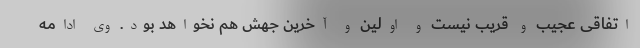
اتفاقی عجیب و قریب نیست و اولین و آخرین جهش هم نخواهد بود. وی ادامه